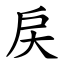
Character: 戻